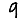
Digit: 9